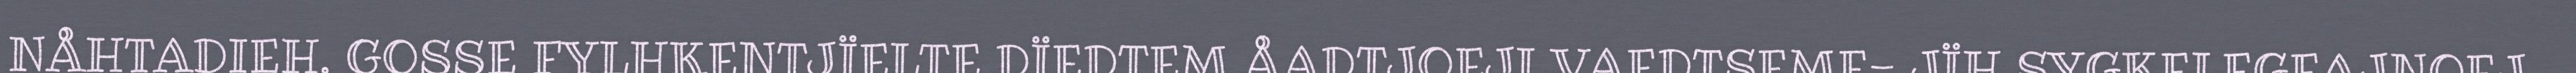
NÅHTADIEH. GOSSE FYLHKENTJÏELTE DÏEDTEM ÅADTJOEJI VAEDTSEME- JÏH SYGKELEGEAJNOEJ